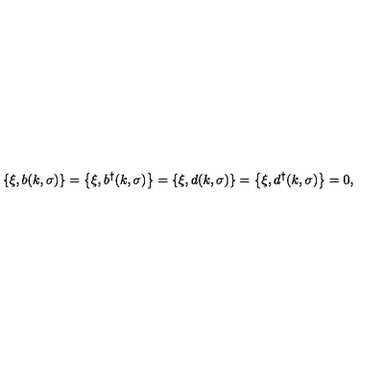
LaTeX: \left\{ \xi , b ( k , \sigma ) \right\} = \left\{ \xi , b ^ { \dagger } ( k , \sigma ) \right\} = \left\{ \xi , d ( k , \sigma ) \right\} = \left\{ \xi , d ^ { \dagger } ( k , \sigma ) \right\} = 0 ,